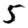
Digit: 5